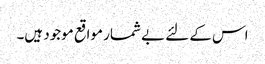
اس کے لئے بے شمار مواقع موجود ہیں۔